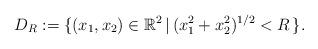
LaTeX: \begin{align*}D_{R} := \{ (x_{1},x_{2}) \in \mathbb{R}^{2}\, | \, (x_{1}^{2} + x_{2}^{2})^{1/2} < R \, \}.\end{align*}